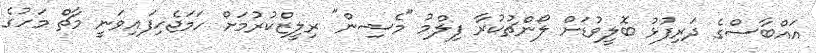
އައްބާސްގެ ދަރިފުޅު ބޮލީވުޑަށް ލޯންޗުކުރާ ފިލްމު "މެޝިން" ރިލީޒްކުރުމަށް ހަމަޖެހިފައިވަނީ މާޗް މަހުގެ